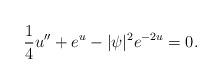
LaTeX: \begin{align*}\frac{1}{4}u^{\prime\prime}+e^u-|\psi|^2 e^{-2u}=0.\end{align*}